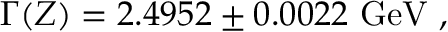
\Gamma ( Z ) = 2 . 4 9 5 2 \pm 0 . 0 0 2 2 ~ \mathrm { G e V } \ ,